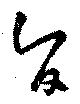
旨